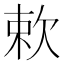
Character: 欶